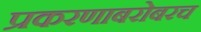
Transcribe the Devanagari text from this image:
प्रकरणाबरोबरच